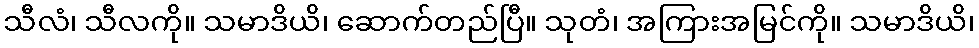
သီလံ၊ သီလကို။ သမာဒိယိ၊ ဆောက်တည်ပြီ။ သုတံ၊ အကြားအမြင်ကို။ သမာဒိယိ၊